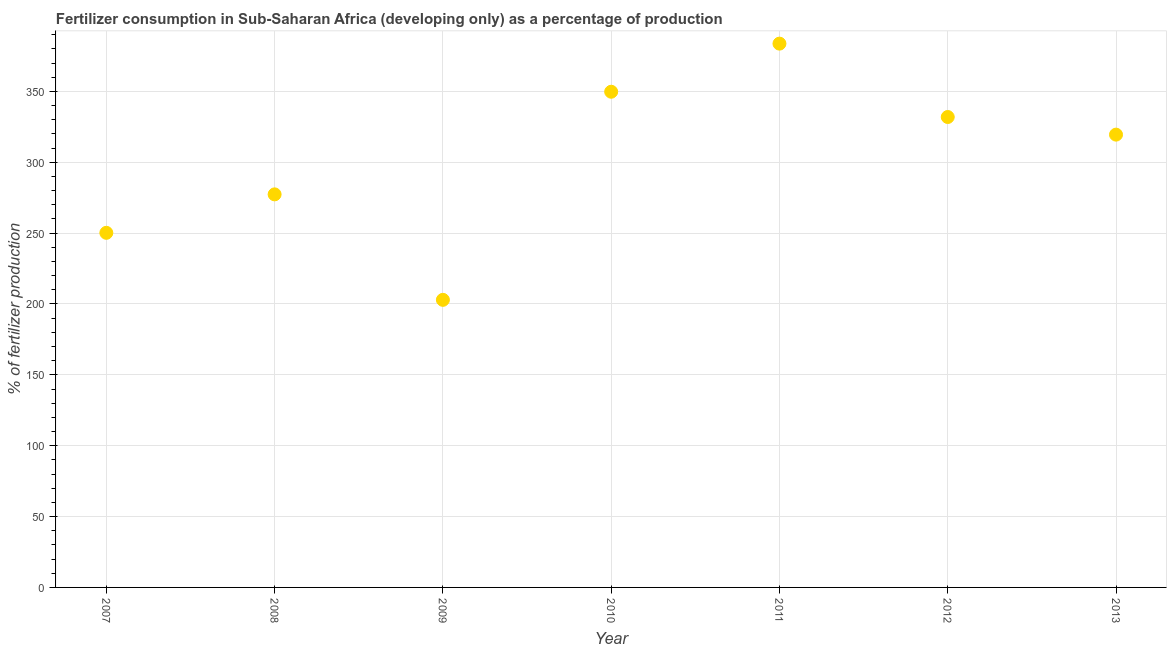
| Year | Fertilizer consumption |
 | --- | --- |
 | 2007 | 250 |
 | 2008 | 277 |
 | 2009 | 203 |
 | 2010 | 350 |
 | 2011 | 384 |
 | 2012 | 332 |
 | 2013 | 319 |